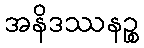
အနိဒဿနဉ္စ